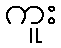
ကူး